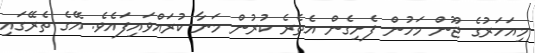
މިއަހަރުގެ ޖޫން މަހުން ފެށިގެން އެތެރެ ކުރުން މަނާ ކުރައްވައިފައެވެ. އޭގެ ތެރޭގައި